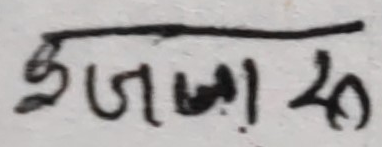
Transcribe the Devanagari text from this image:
इज्बारु